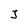
Character: j